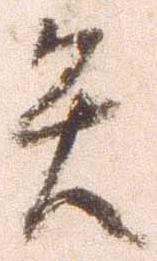
矢